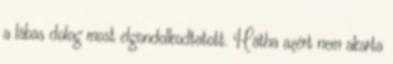
a lábas dolog most elgondolkodtatott. Hátha azért nem akarta